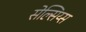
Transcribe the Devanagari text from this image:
सेल्सिय्स